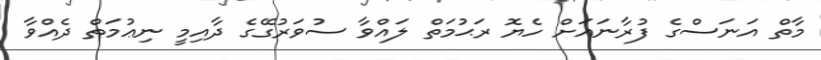
މާތް އަނަސްގެ ފުރާނައަށް ހެޔޮ ރަޙުމަތް ލައްވާ ސުވަރުގޭގެ ދާއިމީ ނިޢުމަތް ދެއްވާ